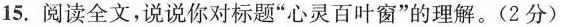
15.阅读全文，说说你对标题”心灵百叶窗”的理解。(2分)